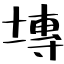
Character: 塼